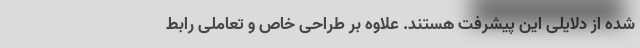
شده از دلایلی این پیشرفت هستند. علاوه بر طراحی خاص و تعاملی رابط